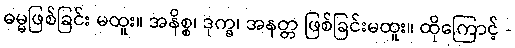
ဓမ္မဖြစ်ခြင်း မထူး။ အနိစ္စ၊ ဒုက္ခ၊ အနတ္တ ဖြစ်ခြင်းမထူး။ ထိုကြောင့် -